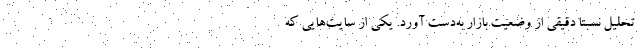
تحلیل نسبتاً دقیقی از وضعیت بازار به‌دست آورد. یکی از سایت‌هایی که